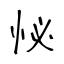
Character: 怭